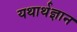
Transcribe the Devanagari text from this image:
यथार्थज्ञान